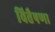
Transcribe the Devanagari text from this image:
वित्तैषणा